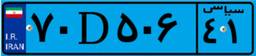
۱۰D۳۹۴۷۵